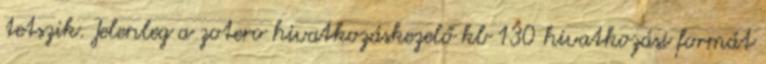
tetszik. Jelenleg a zotero hivatkozáskezelő kb 130 hivatkozási formát